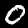
Label: 0